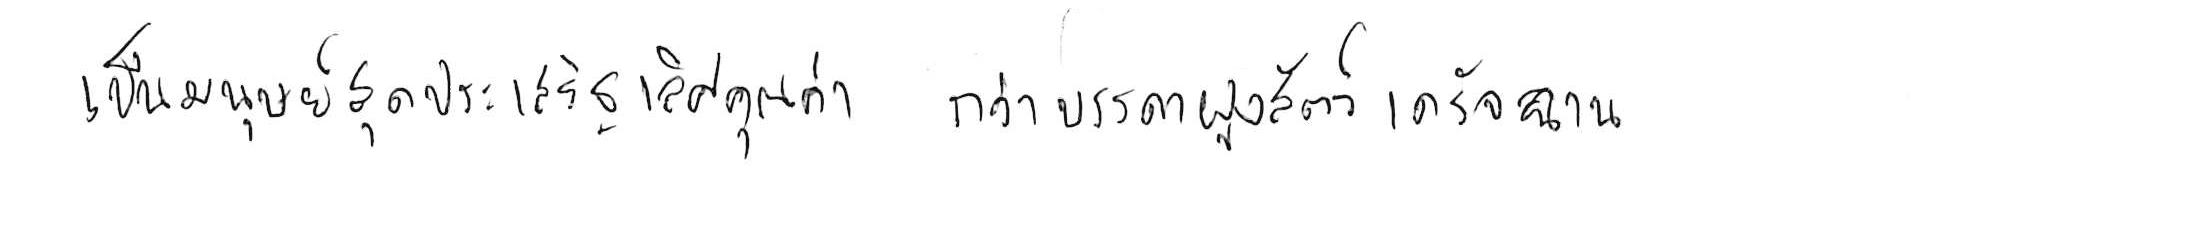
เป็นมนุษย์สุดประเสริฐเลิศคุณค่า กว่าบรรดาฝูงสัตว์เดรัจฉาน